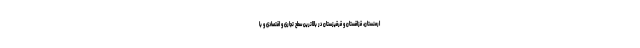
ارمنستان، قزاقستان و قرقیزستان در بالاترین سطح تجاری و اقتصادی و با